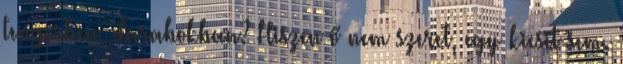
tengerben, darabokban? Hiszen ő nem szeret, egy kicsit sem.